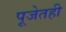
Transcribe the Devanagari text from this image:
पूजेतही